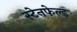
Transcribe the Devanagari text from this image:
स्टेनफेल्ड